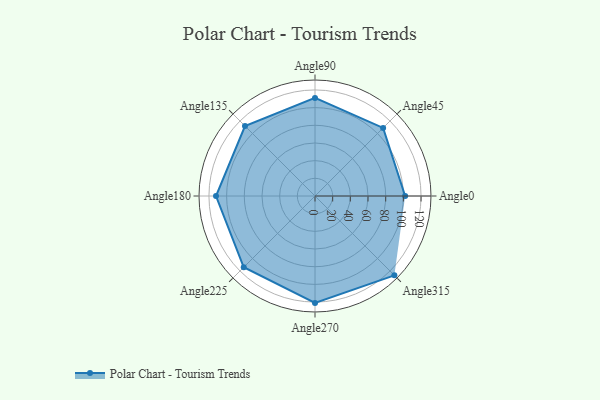
{"axis": {"x": "Angle", "y": "Radius"}, "legend": [""], "data": [{"x": "Angle0", "y": 102.0, "type": ""}, {"x": "Angle45", "y": 109.0, "type": ""}, {"x": "Angle90", "y": 111.0, "type": ""}, {"x": "Angle135", "y": 112.0, "type": ""}, {"x": "Angle180", "y": 112.0, "type": ""}, {"x": "Angle225", "y": 114.0, "type": ""}, {"x": "Angle270", "y": 121.0, "type": ""}, {"x": "Angle315", "y": 127.0, "type": ""}]}